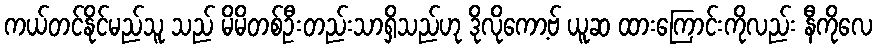
ကယ်တင်နိုင်မည်သူ သည် မိမိတစ်ဦးတည်းသာရှိသည်ဟု ဒိုလိုကော့ဗ် ယူဆ ထားကြောင်းကိုလည်း နီကိုလေ